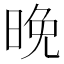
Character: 晚